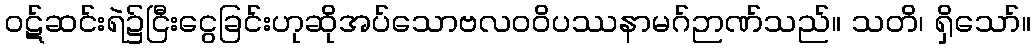
ဝဋ်ဆင်းရဲ၌ငြီးငွေခြင်းဟုဆိုအပ်သောဗလဝဝိပဿနာမဂ်ဉာဏ်သည်။ သတိ၊ ရှိသော်။